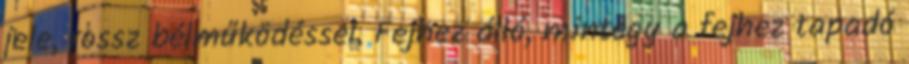
jele, rossz bélműködéssel. Fejhez álló, mintegy a fejhez tapadó